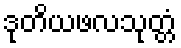
ဒုတိယဖလသုတ္တံ